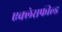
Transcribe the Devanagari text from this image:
एक्लेसफील्ड